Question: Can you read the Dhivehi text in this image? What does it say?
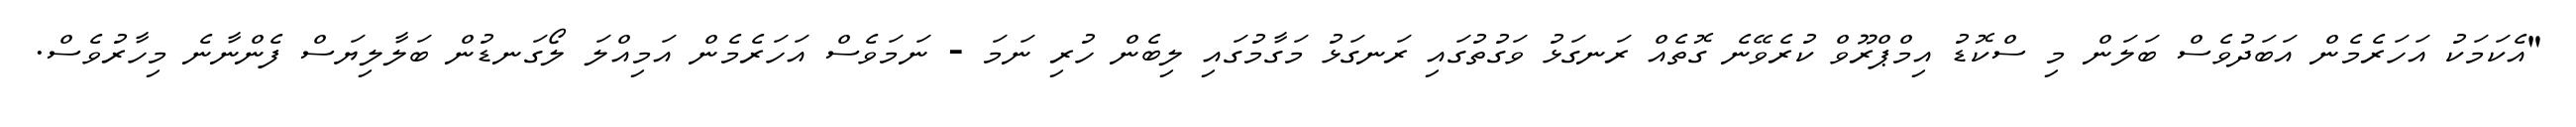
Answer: "އެކަމަކު އަހަރެމެން އަބަދުވެސް ބަލަން މި ސްކޮޑު އިމްޕްރޫވް ކުރެވޭނެ ގޮތެއް ރަނގަޅު ވަގުތުގައި ރަނގަޅު މަގާމުގައި ލިބެން ހުރި ނަމަ - ނަމަވެސް އަހަރެމެން އަމިއްލަ ލޯގަނޑުން ބަލާލިޔަސް ފެންނާނެ މިހާރުވެސް.